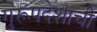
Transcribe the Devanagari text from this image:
गुरूपदेशाची